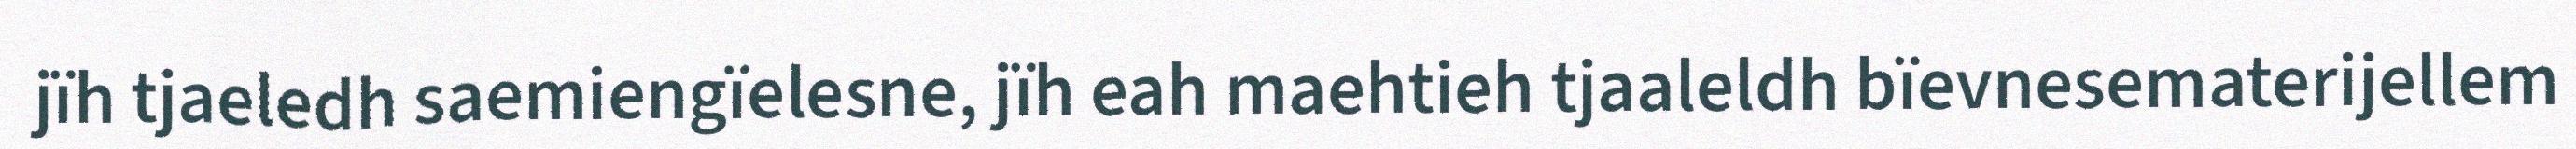
jïh tjaeledh saemiengïelesne, jïh eah maehtieh tjaaleldh bïevnesematerijellem